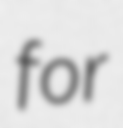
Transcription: for